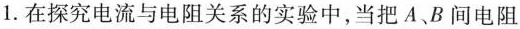
1.在探究电流与电阻关系的实验中，当把A.B间电阻